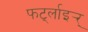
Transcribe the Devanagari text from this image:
फर्ट्लाइर्‍र्